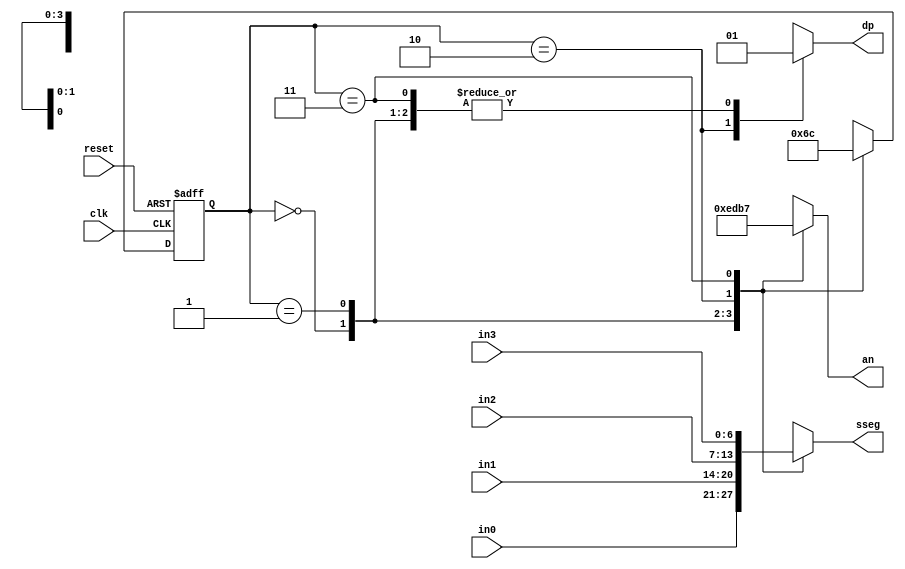
`timescale 1ns / 1ps
//////////////////////////////////////////////////////////////////////////////////
// Company: 
// Engineer: 
// 
// Design Name: 
// Module Name: time_mux_state_machine
// Project Name: 
// Target Devices: 
// Tool Versions: 
// Description: 
// 
// Dependencies: 
// 
// Revision:
// Revision 0.01 - File Created
// Additional Comments:
// 
//////////////////////////////////////////////////////////////////////////////////



module time_mux_state_machine(
    input clk,
    input reset,
    input [6:0] in0,
    input [6:0] in1,
    input [6:0] in2,
    input [6:0] in3,
    output reg [3:0] an,
    output reg dp,
    output reg [6:0] sseg
    );
    
    reg [1:0] state;
    reg [1:0] next_state;

    always @ (*) begin
       case(state) //State Transition
            2'b00 : next_state = 2'b01;
            2'b01 : next_state = 2'b10;
            2'b10 : next_state = 2'b11;
            2'b11 : next_state = 2'b00; 
        endcase
     end
     
     always @ (*) begin
        case(state) //Mux
            2'b00 : sseg = in0;
            2'b01 : sseg = in1;
            2'b10 : sseg = in2;
            2'b11 : sseg = in3;
        endcase
        
        case (state)    //Decoder
            2'b00 : an = 4'b1110;
            2'b01 : an = 4'b1101;
            2'b10 : an = 4'b1011;
            2'b11 : an = 4'b0111; 
         endcase
         
         case (state)
            2'b00 : dp = 1'b1;
            2'b01 : dp = 1'b1;
            2'b10 : dp = 1'b0;
            2'b11 : dp = 1'b1; 
         endcase
      end
      

      always @(posedge clk or posedge reset) begin
        if(reset)
            state <= 2'b00;
        else
            state <= next_state;
      end   
endmodule